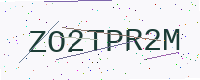
Text: ZO2TPR2M